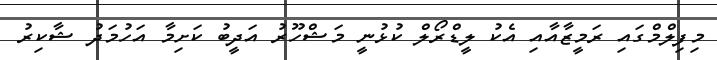
މިފިލްމްގައި ރަމީޒާއާއި އެކު ލީޑްރޯލް ކުޅުނީ މަޝްހޫރު އަދީބު ކަށިމާ އަހުމަދު ޝާކިރު